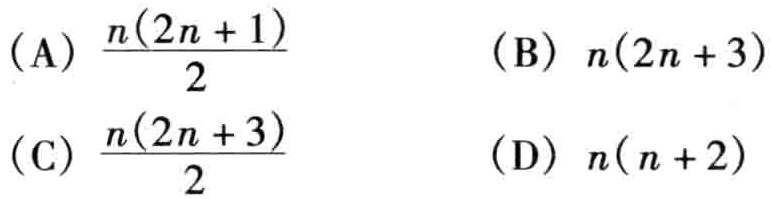
(A) \(\frac{n(2n + 1)}{2}\)  (B) \(n(2n + 3)\)

(C) \(\frac{n(2n + 3)}{2}\)  (D) \(n(n + 2)\)